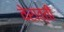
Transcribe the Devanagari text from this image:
वेरात्ती